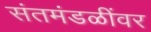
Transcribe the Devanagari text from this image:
संतमंडळींवर